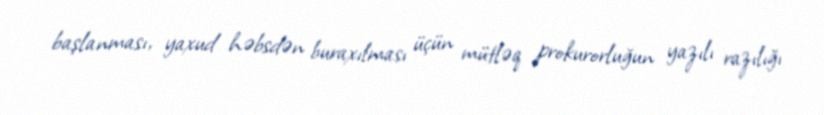
başlanması, yaxud həbsdən buraxılması üçün mütləq prokurorluğun yazılı razılığı